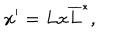
x ^ { \prime } = L x \overline { { { L } } } ^ { * } ,